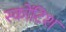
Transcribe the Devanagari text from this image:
स्कोंटिश